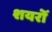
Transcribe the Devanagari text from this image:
शयरॊं